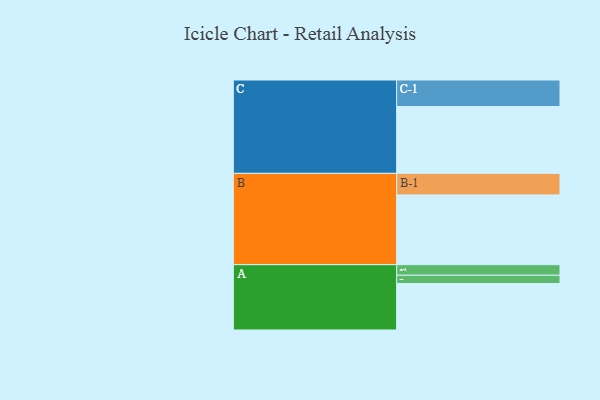
{"axis": {"x": "Segment", "y": "Value"}, "legend": ["", "A", "B", "C"], "data": [{"x": "A", "y": 388, "type": ""}, {"x": "B", "y": 582, "type": ""}, {"x": "C", "y": 558, "type": ""}, {"x": "A-1", "y": 88, "type": "A"}, {"x": "A-2", "y": 69, "type": "A"}, {"x": "B-1", "y": 180, "type": "B"}, {"x": "C-1", "y": 221, "type": "C"}]}